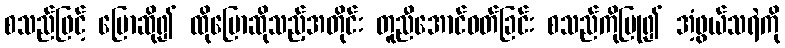
စသည်ဖြင့် ပြောဆို၍ ထိုပြောဆိုသည့်အတိုင်း တူညီအောင်ဝတ်ခြင်း စသည်ကိုပြု၍ အံ့ဖွယ်သရဲကို